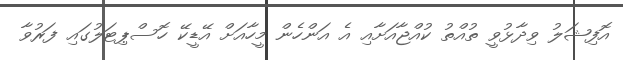
އޮފިޝަލު ވިދާޅުވީ ތުއްތު ކުއްޖާއަށާއި އެ އަންހެން މީހާއަށް އޭޑީކޭ ހޮސްޕިޓަލުގައި ފަރުވާ